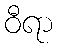
ဝီရာ